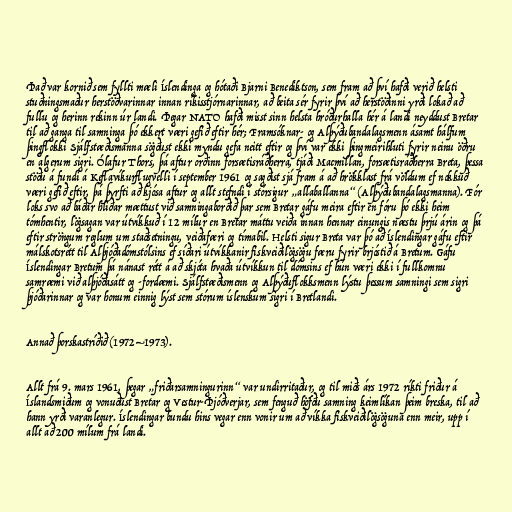
Það var kornið sem fyllti mæli Íslendinga og hótaði Bjarni Benediktson, sem fram að því hafði verið helsti
stuðningsmaður herstöðvarinnar innan ríkisstjórnarinnar, að beita sér fyrir því að herstöðinni yrði lokað að
fullu og herinn rekinn úr landi. Þegar NATO hafði misst sinn helsta hróðurhalla hér á landi neyddust Bretar
til að ganga til samninga þó ekkert væri gefið eftir hér; Framsóknar- og Alþýðubandalagsmenn ásamt hálfum
þingflokki Sjálfstæðismanna sögðust ekki myndu gefa neitt eftir og því var ekki þingmeirihluti fyrir neinu öðru
en algerum sigri. Ólafur Thors, þá aftur orðinn forsætisráðherra, tjáði Macmillan, forsætisráðherra Breta, þessa
stöðu á fundi á Keflavíkurflugvelli í september 1961 og sagðist sjá fram á að hrökklast frá völdum ef nokkuð
væri gefið eftir, þá þyrfti að kjósa aftur og allt stefndi í stórsigur „allaballanna“ (Alþýðubandalagsmanna). Fór
loks svo að báðar hliðar mættust við samningaborðið þar sem Bretar gáfu meira eftir en fóru þó ekki heim
tómhentir, lögsagan var útvíkkuð í 12 mílur en Bretar máttu veiða innan hennar einungis næstu þrjú árin og þá
eftir ströngum reglum um staðsetningu, veiðafæri og tímabil. Helsti sigur Breta var þó að Íslendingar gáfu eftir
málskotsrétt til Alþjóðadómstólsins ef síðari útvíkkanir fiskveiðilögsögu færu fyrir brjóstið á Bretum. Gáfu
Íslendingar Bretum þá nánast rétt á að skjóta hvaða útvíkkun til dómsins ef hún væri ekki í fullkomnu
samræmi við alþjóðasátt og -fordæmi. Sjálfstæðismenn og Alþýðuflokksmenn lýstu þessum samningi sem sigri
þjóðarinnar og var honum einnig lýst sem stórum íslenskum sigri í Bretlandi.

Annað þorskastríðið (1972–1973).

Allt frá 9. mars 1961, þegar „friðarsamningurinn“ var undirritaður, og til miðs árs 1972 ríkti friður á
Íslandsmiðum og vonuðust Bretar og Vestur-Þjóðverjar, sem fenguð höfðu samning keimlíkan þeim breska, til að
hann yrði varanlegur. Íslendingar bundu hins vegar enn vonir um að víkka fiskveiðilögsöguna enn meir, upp í
allt að 200 mílum frá landi.